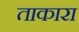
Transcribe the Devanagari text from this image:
ताकारा